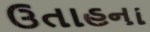
ઉતાહના